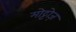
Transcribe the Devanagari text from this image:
मोट्टोज़